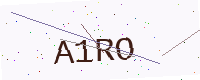
Text: A1RO